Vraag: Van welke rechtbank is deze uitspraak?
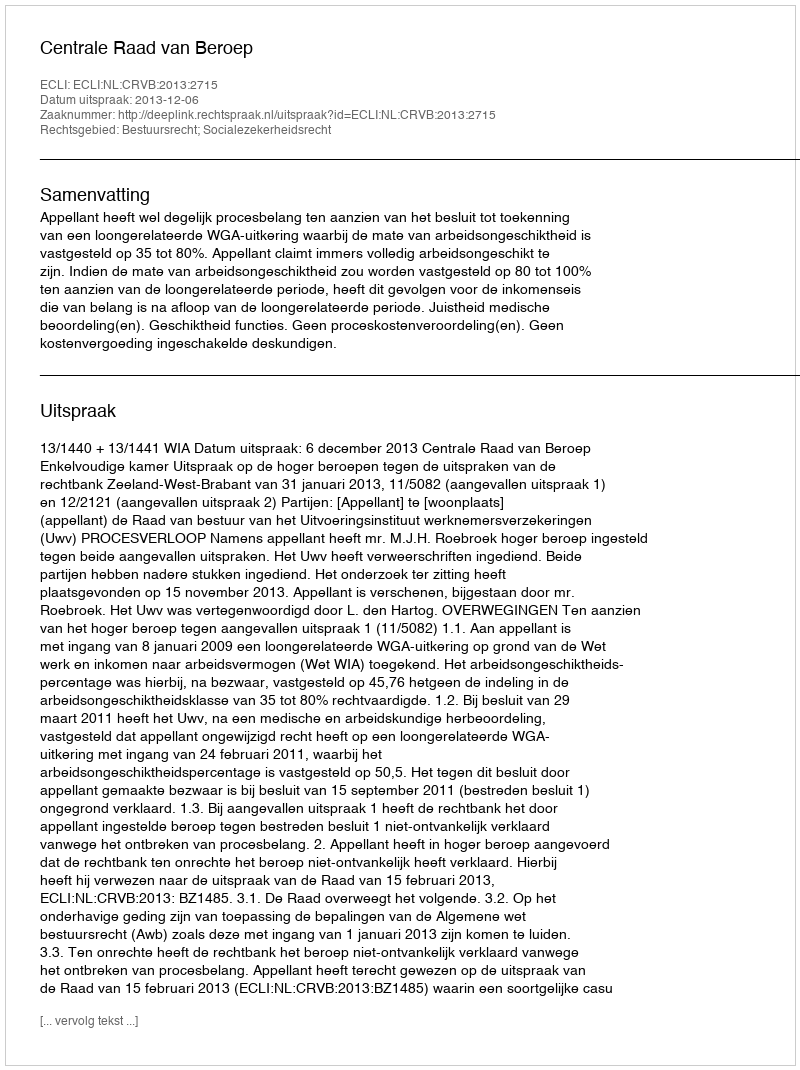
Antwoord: Centrale Raad van Beroep